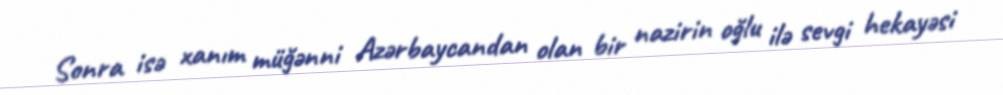
Sonra isə xanım müğənni Azərbaycandan olan bir nazirin oğlu ilə sevgi hekayəsi